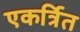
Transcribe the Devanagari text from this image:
एकर्त्रित